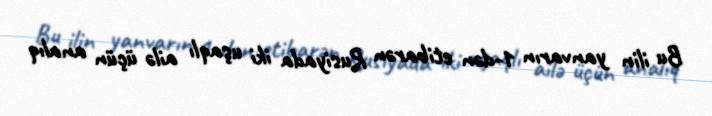
Bu ilin yanvarın 1-dən etibarən Rusiyada iki uşaqlı ailə üçün analıq